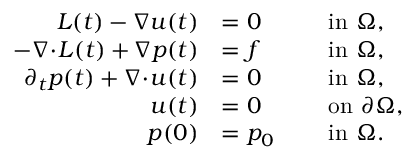
\begin{array} { r l r l } { \ensuremath { L } ( t ) - \nabla u ( t ) } & { = 0 } & & { \mathrm { ~ i n ~ } \Omega , } \\ { - \nabla \! \cdot \! \ensuremath { L } ( t ) + \nabla p ( t ) } & { = f } & & { \mathrm { ~ i n ~ } \Omega , } \\ { \partial _ { t } p ( t ) + \nabla \! \cdot \! u ( t ) } & { = 0 } & & { \mathrm { ~ i n ~ } \Omega , } \\ { u ( t ) } & { = 0 } & & { \mathrm { ~ o n ~ } \partial \Omega , } \\ { p ( 0 ) } & { = p _ { 0 } } & & { \mathrm { ~ i n ~ } \Omega . } \end{array}